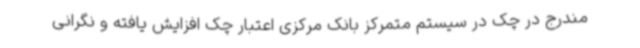
مندرج در چک در سیستم متمرکز بانک مرکزی اعتبار چک افزایش یافته و نگرانی